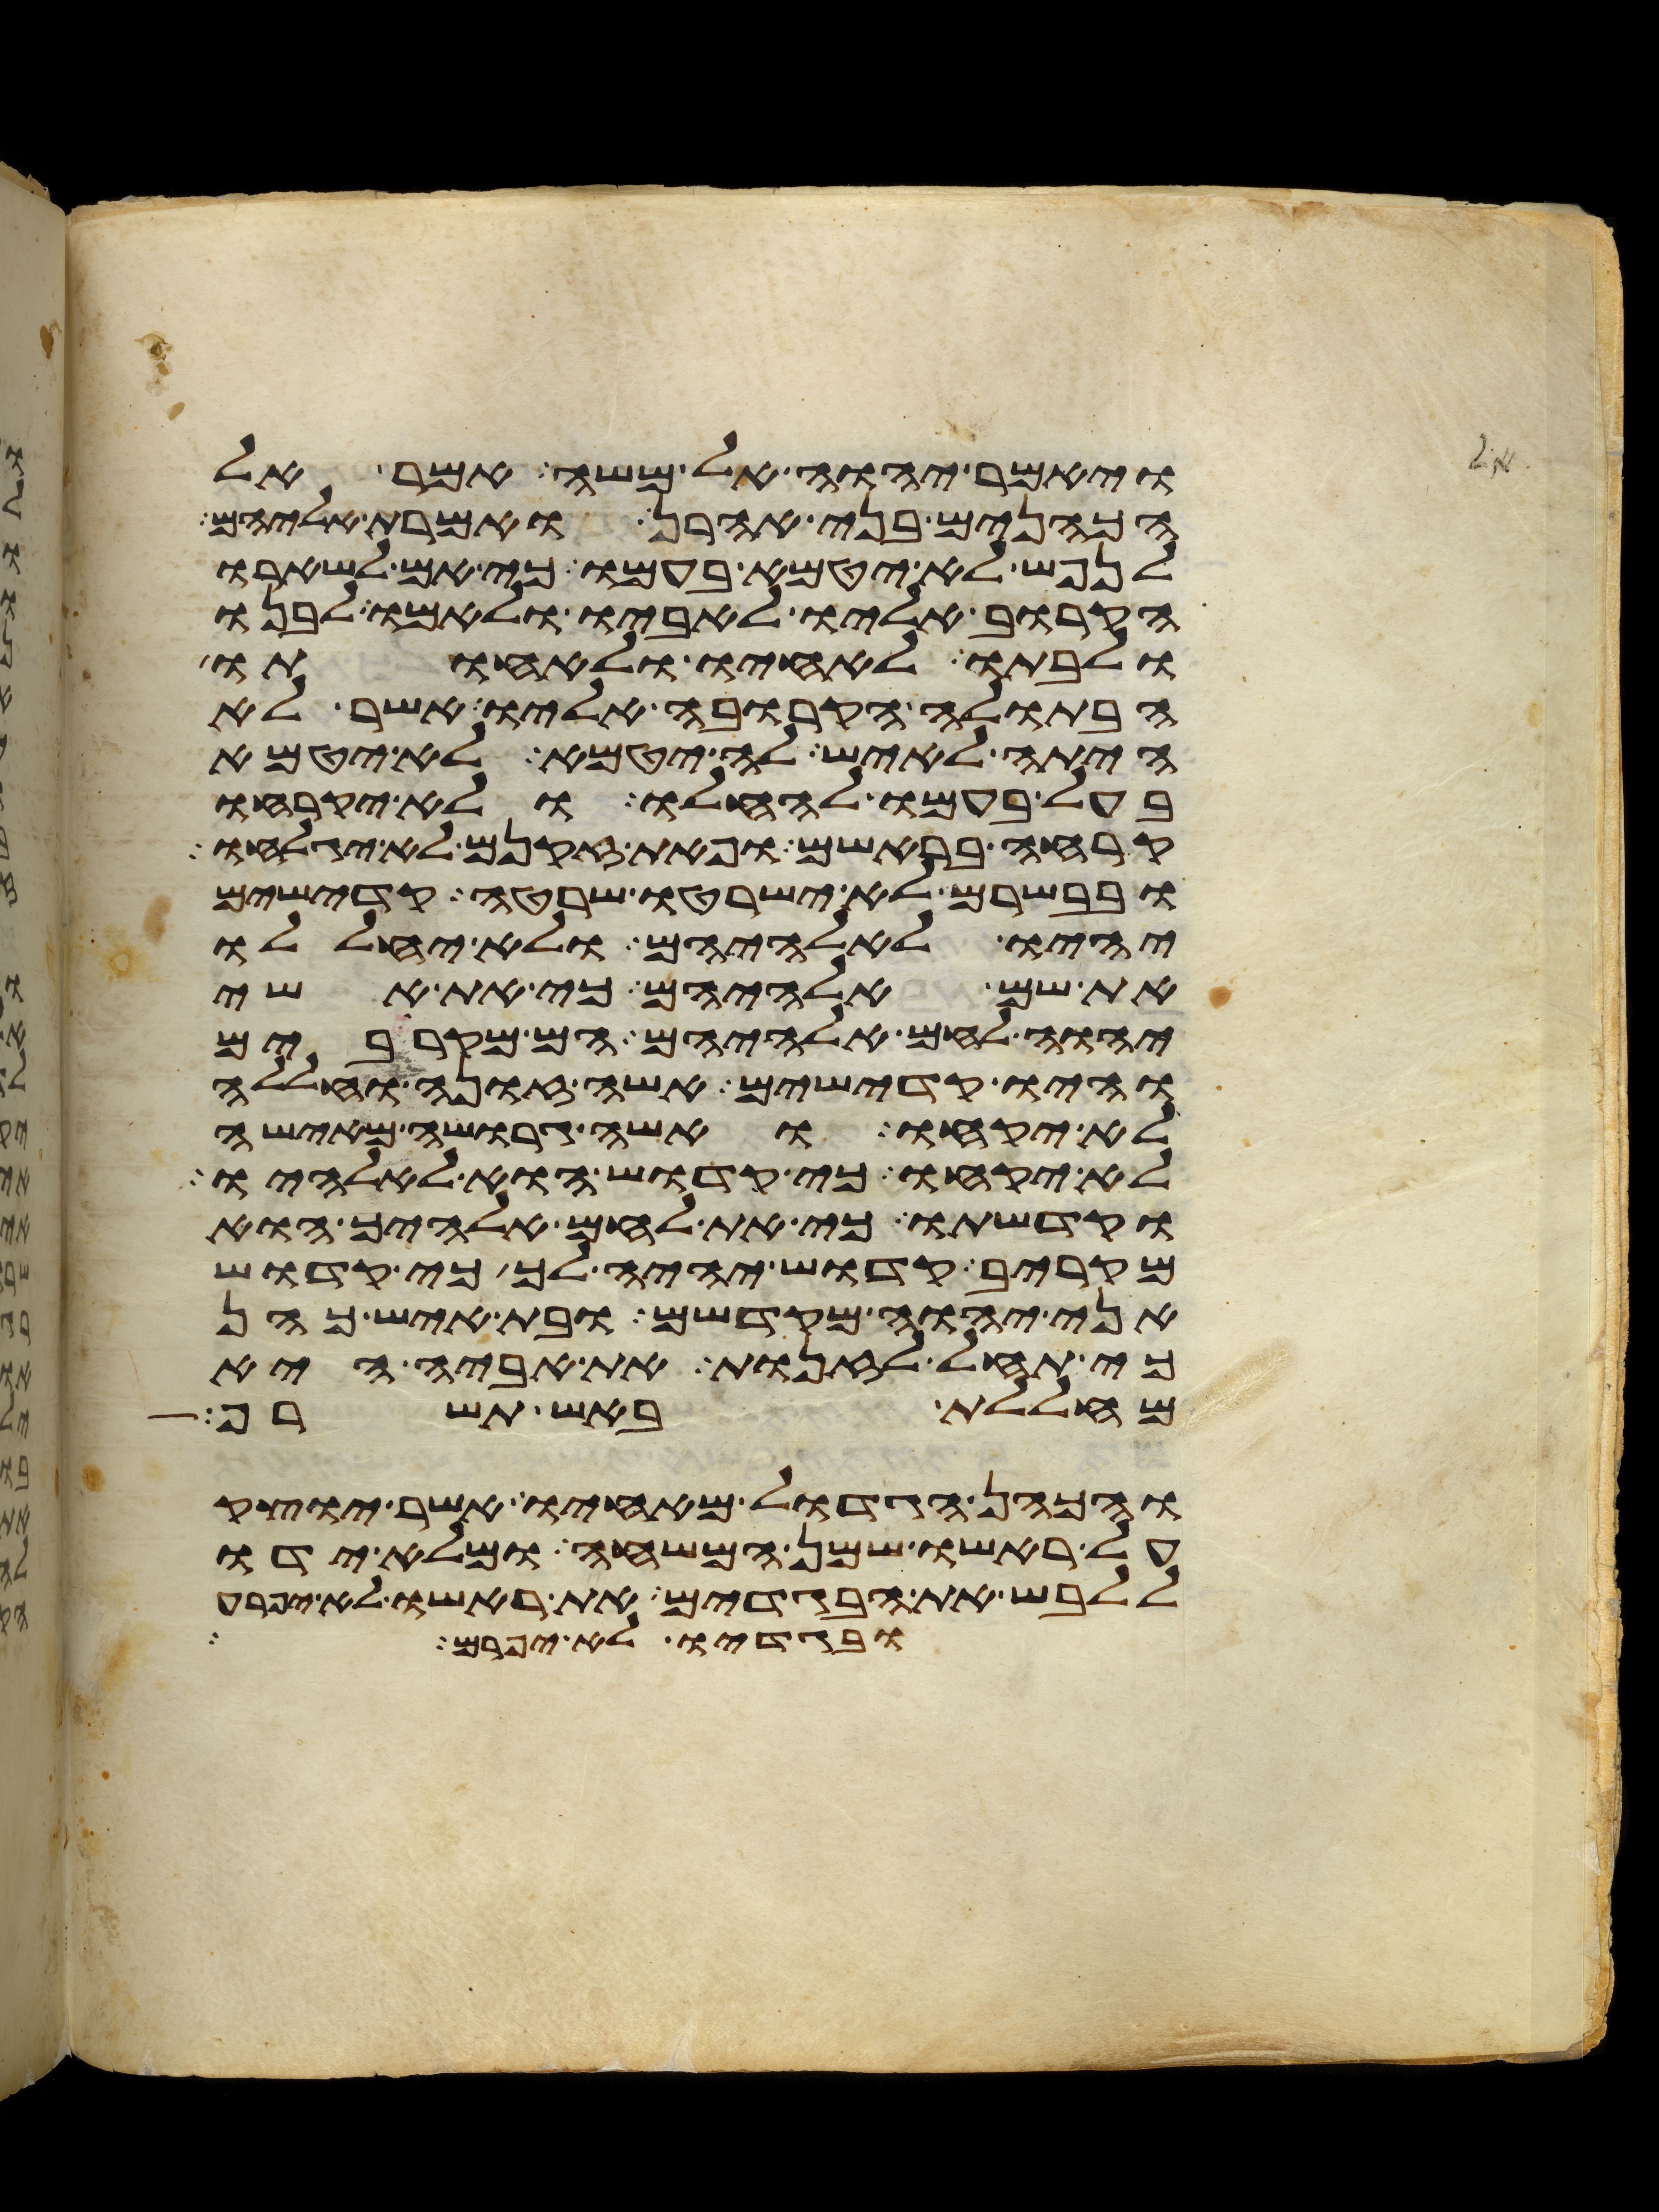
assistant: ויאמר יהוה אל משה אמר אל
הכהנים בני אהרן ואמרת אליהם
לנפש לא יטמא בעמו כי אם לשארו
הקרוב אליו לאביו ולאמו לבנו
ולבתו לאחיו ולאחותו
הבתולה הקרובה אליו אשר לא
היתה לאיש לה יטמא לא יטמא
בעל בעמו להחלו ולא יקרחו
קרחה בראשם ופאת זקנם לא יגלחו
ובבשרם לא ישרטו שרטה קדישים
יהיו לאלהיהם ולא יחללו
את שם אלהיהם כי את אשי
יהוה לחם אלהיהם הם מקרבים
והיו קדישים אשה זונה וחללה
לא יקחו ואשה גרושה מאישה
לא יקחו כי קדוש הוא לאלהיו
וקדשתו כי את לחם אלהיך הוא
מקריב קדוש יהיה לך כי קדוש
אני יהוה מקדשם ובת איש כהן
כי תחל לזנות את אביה היא
מחללת באש תשרף
והכהן הגדול מאחיו אשר יוצק
על ראשו שמן המשחה ומלא ידו
ללבש את הבגדים את ראשו לא יפרע
ובגדיו לא יפרם